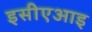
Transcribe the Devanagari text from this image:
इसीएआइ